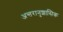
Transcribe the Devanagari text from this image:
अन्तरानुशासिक